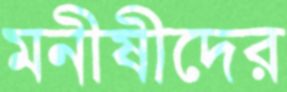
মনীষীদের